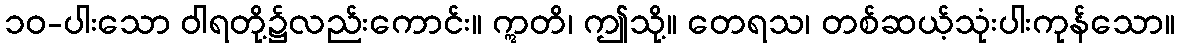
၁၀-ပါးသော ဝါရတို့၌လည်းကောင်း။ ဣတိ၊ ဤသို့။ တေရသ၊ တစ်ဆယ့်သုံးပါးကုန်သော။